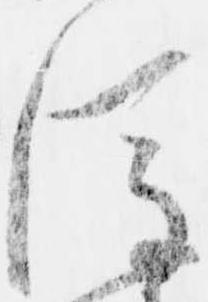
後